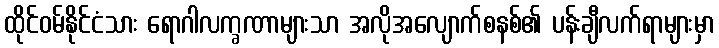
ထိုင်ဝမ်နိုင်ငံသား ရောဂါလက္ခဏာများသာ အလိုအလျောက်စနစ်၏ ပန်းချီလက်ရာများမှာ